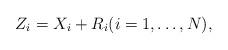
LaTeX: \begin{align*} Z_i = X_i + R_i (i = 1,\ldots,N),\end{align*}